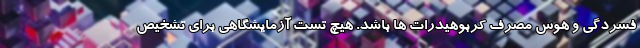
فسردگی و هوس مصرف کربوهیدرات ها باشد. هیچ تست آزمایشگاهی برای تشخیص